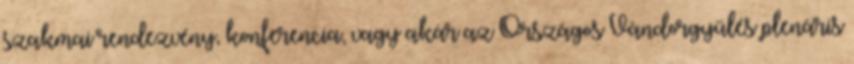
szakmai rendezvény, konferencia, vagy akár az Országos Vándorgyűlés plenáris